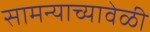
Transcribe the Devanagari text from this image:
सामन्याच्यावेळी